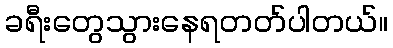
ခရီးတွေသွားနေရတတ်ပါတယ်။